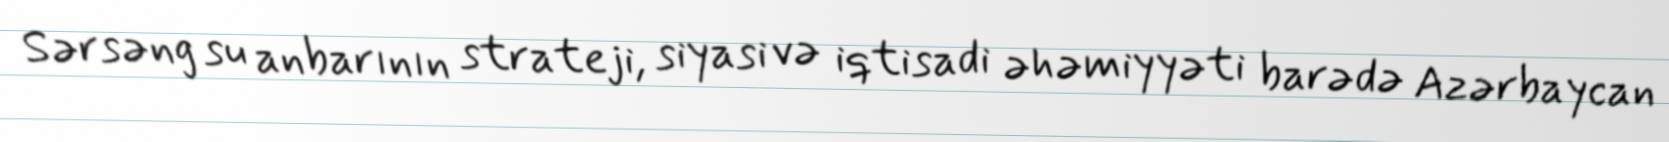
Sərsəng su anbarının strateji, siyasi və iqtisadi əhəmiyyəti barədə Azərbaycan